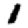
Digit: 1